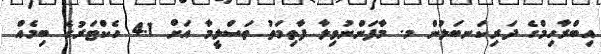
އިބްރާހިމްގެ ދަރިކަނބަލުން މ. މާފަންނުވިލާ ފާތިމަތު ތަސްލީމާ އަށް 4.1 ހެކްޓަރުގެ ބިމެއް